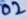
Text: 02